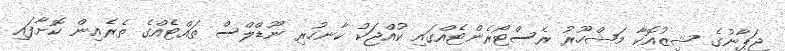
ޖަޕާނުގެ ޝިޒުއޮކާ މަޝްހޫރު ރެސްޓޯރެންޓެއްގައި ކުއްޖަކު ކާނހުރި ނޫޑްލްސް ތައްޓެއްގެ ތެރެއިން ކޮށާފައި